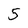
Character: 5